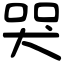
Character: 哭